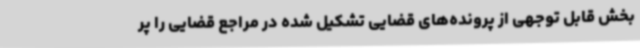
بخش قابل توجهی از پرونده‌های قضایی تشکیل شده در مراجع قضایی را پر